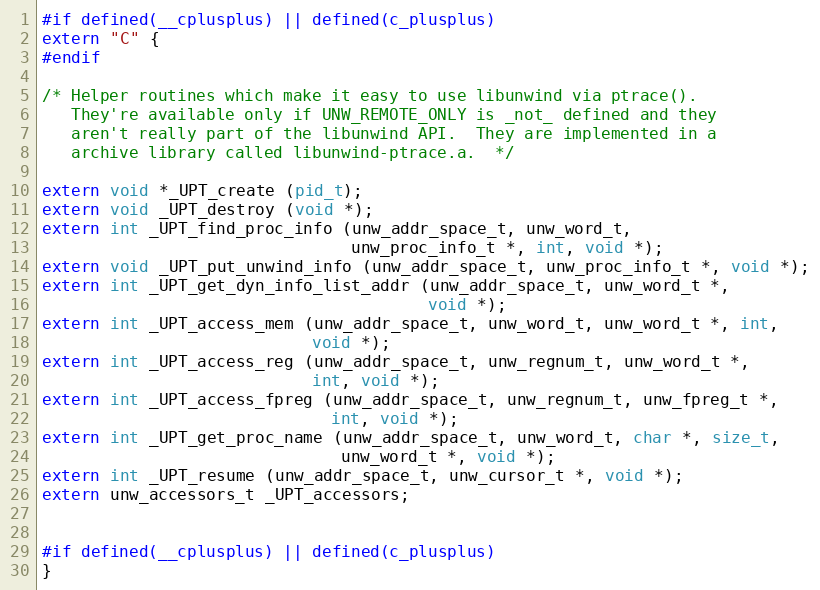
Language: C
#if defined(__cplusplus) || defined(c_plusplus)
extern "C" {
#endif

/* Helper routines which make it easy to use libunwind via ptrace().
   They're available only if UNW_REMOTE_ONLY is _not_ defined and they
   aren't really part of the libunwind API.  They are implemented in a
   archive library called libunwind-ptrace.a.  */

extern void *_UPT_create (pid_t);
extern void _UPT_destroy (void *);
extern int _UPT_find_proc_info (unw_addr_space_t, unw_word_t,
                                unw_proc_info_t *, int, void *);
extern void _UPT_put_unwind_info (unw_addr_space_t, unw_proc_info_t *, void *);
extern int _UPT_get_dyn_info_list_addr (unw_addr_space_t, unw_word_t *,
                                        void *);
extern int _UPT_access_mem (unw_addr_space_t, unw_word_t, unw_word_t *, int,
                            void *);
extern int _UPT_access_reg (unw_addr_space_t, unw_regnum_t, unw_word_t *,
                            int, void *);
extern int _UPT_access_fpreg (unw_addr_space_t, unw_regnum_t, unw_fpreg_t *,
                              int, void *);
extern int _UPT_get_proc_name (unw_addr_space_t, unw_word_t, char *, size_t,
                               unw_word_t *, void *);
extern int _UPT_resume (unw_addr_space_t, unw_cursor_t *, void *);
extern unw_accessors_t _UPT_accessors;

#if defined(__cplusplus) || defined(c_plusplus)
}